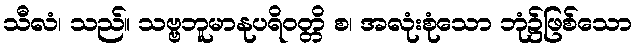
သီလံ၊ သည်။ သဗ္ဗဘူမာနုပရိဝတ္တိ စ၊ အလုံးစုံသော ဘုံ၌ဖြစ်သော